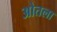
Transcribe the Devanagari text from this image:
ओतला